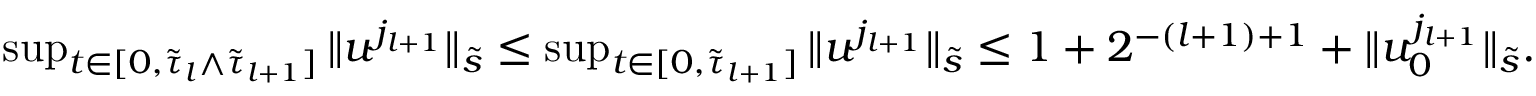
\begin{array} { r } { \operatorname* { s u p } _ { t \in [ 0 , \tilde { \tau } _ { l } \wedge \tilde { \tau } _ { l + 1 } ] } \| u ^ { j _ { l + 1 } } \| _ { \tilde { s } } \leq \operatorname* { s u p } _ { t \in [ 0 , \tilde { \tau } _ { l + 1 } ] } \| u ^ { j _ { l + 1 } } \| _ { \tilde { s } } \leq 1 + 2 ^ { - ( l + 1 ) + 1 } + \| u _ { 0 } ^ { j _ { l + 1 } } \| _ { \tilde { s } } . } \end{array}